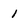
Character: 1